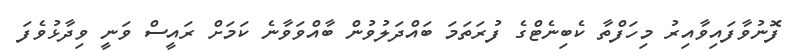
ފޮނުވާފައިވާއިރު މިހަފްތާ ކެބިނެޓްގެ ފުރަތަމަ ބައްދަލުވުން ބާއްވަވާނެ ކަމަށް ރައީސް ވަނީ ވިދާޅުވެފަ